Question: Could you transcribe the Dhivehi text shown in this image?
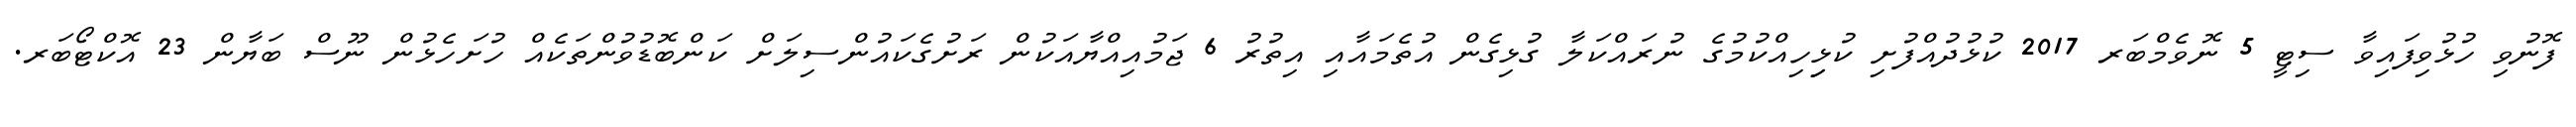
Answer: ފޮނުވި ހުޅުވިފައިވާ ސިޓީ 5 ނޮވެމްބަރ 2017 ކުޅުދުއްފުށި ކުޅިިހިއްކުމުގެ ނުރައްކަލާ ގުޅިގެން އުތެމައާއި އިތުރު 6 ޖަމުއިއްޔާއަކުން ރަށުގެކައުންސިލަށް ކަންބޮޑުވުންތަކެއް ހުށަހެޅުން ނޫސް ބަޔާން 23 އޮކްޓޯބަރ.